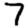
Digit: 7